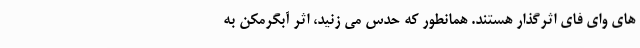
های وای فای اثرگذار هستند. همانطور که حدس می زنید، اثر آبگرمکن به